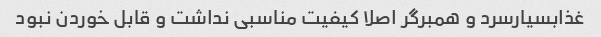
غذابسیارسرد و همبرگر اصلا کیفیت مناسبی نداشت و قابل خوردن نبود